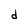
Character: d